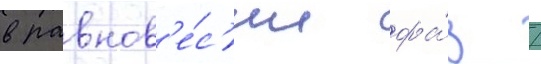
в равнов'е́с'ии фа́з /